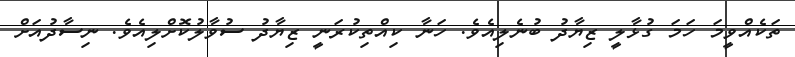
ތަކެއްވީމަ ހަމަ ގުޅާލީ ޒިޔާދު ބުނެލިއެވެ. ހަނާ ކިއްތިކުރަނީ ޒިޔާދު ސުވާލުކޮށްލިއެވެ. ނިސާދުއަށް